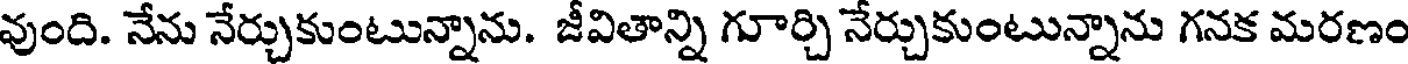
వుంది. నేను నేర్చుకుంటున్నాను. జీవితాన్ని గూర్చి నేర్చుకుంటున్నాను గనక మరణం